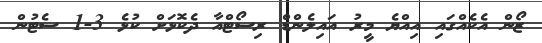
ޒޯން އެކެއްގައި އިއްޔެ މީރު އައިލެންޑް ރިސޯޓްއާ ދެކޮޅަށް ކުޅެ 3-1 ސެޓުން